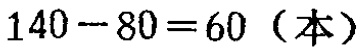
\(140 - 80 = 60 \text{（本）}\)